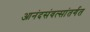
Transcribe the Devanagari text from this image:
आनंदसंवत्सांतर्गत